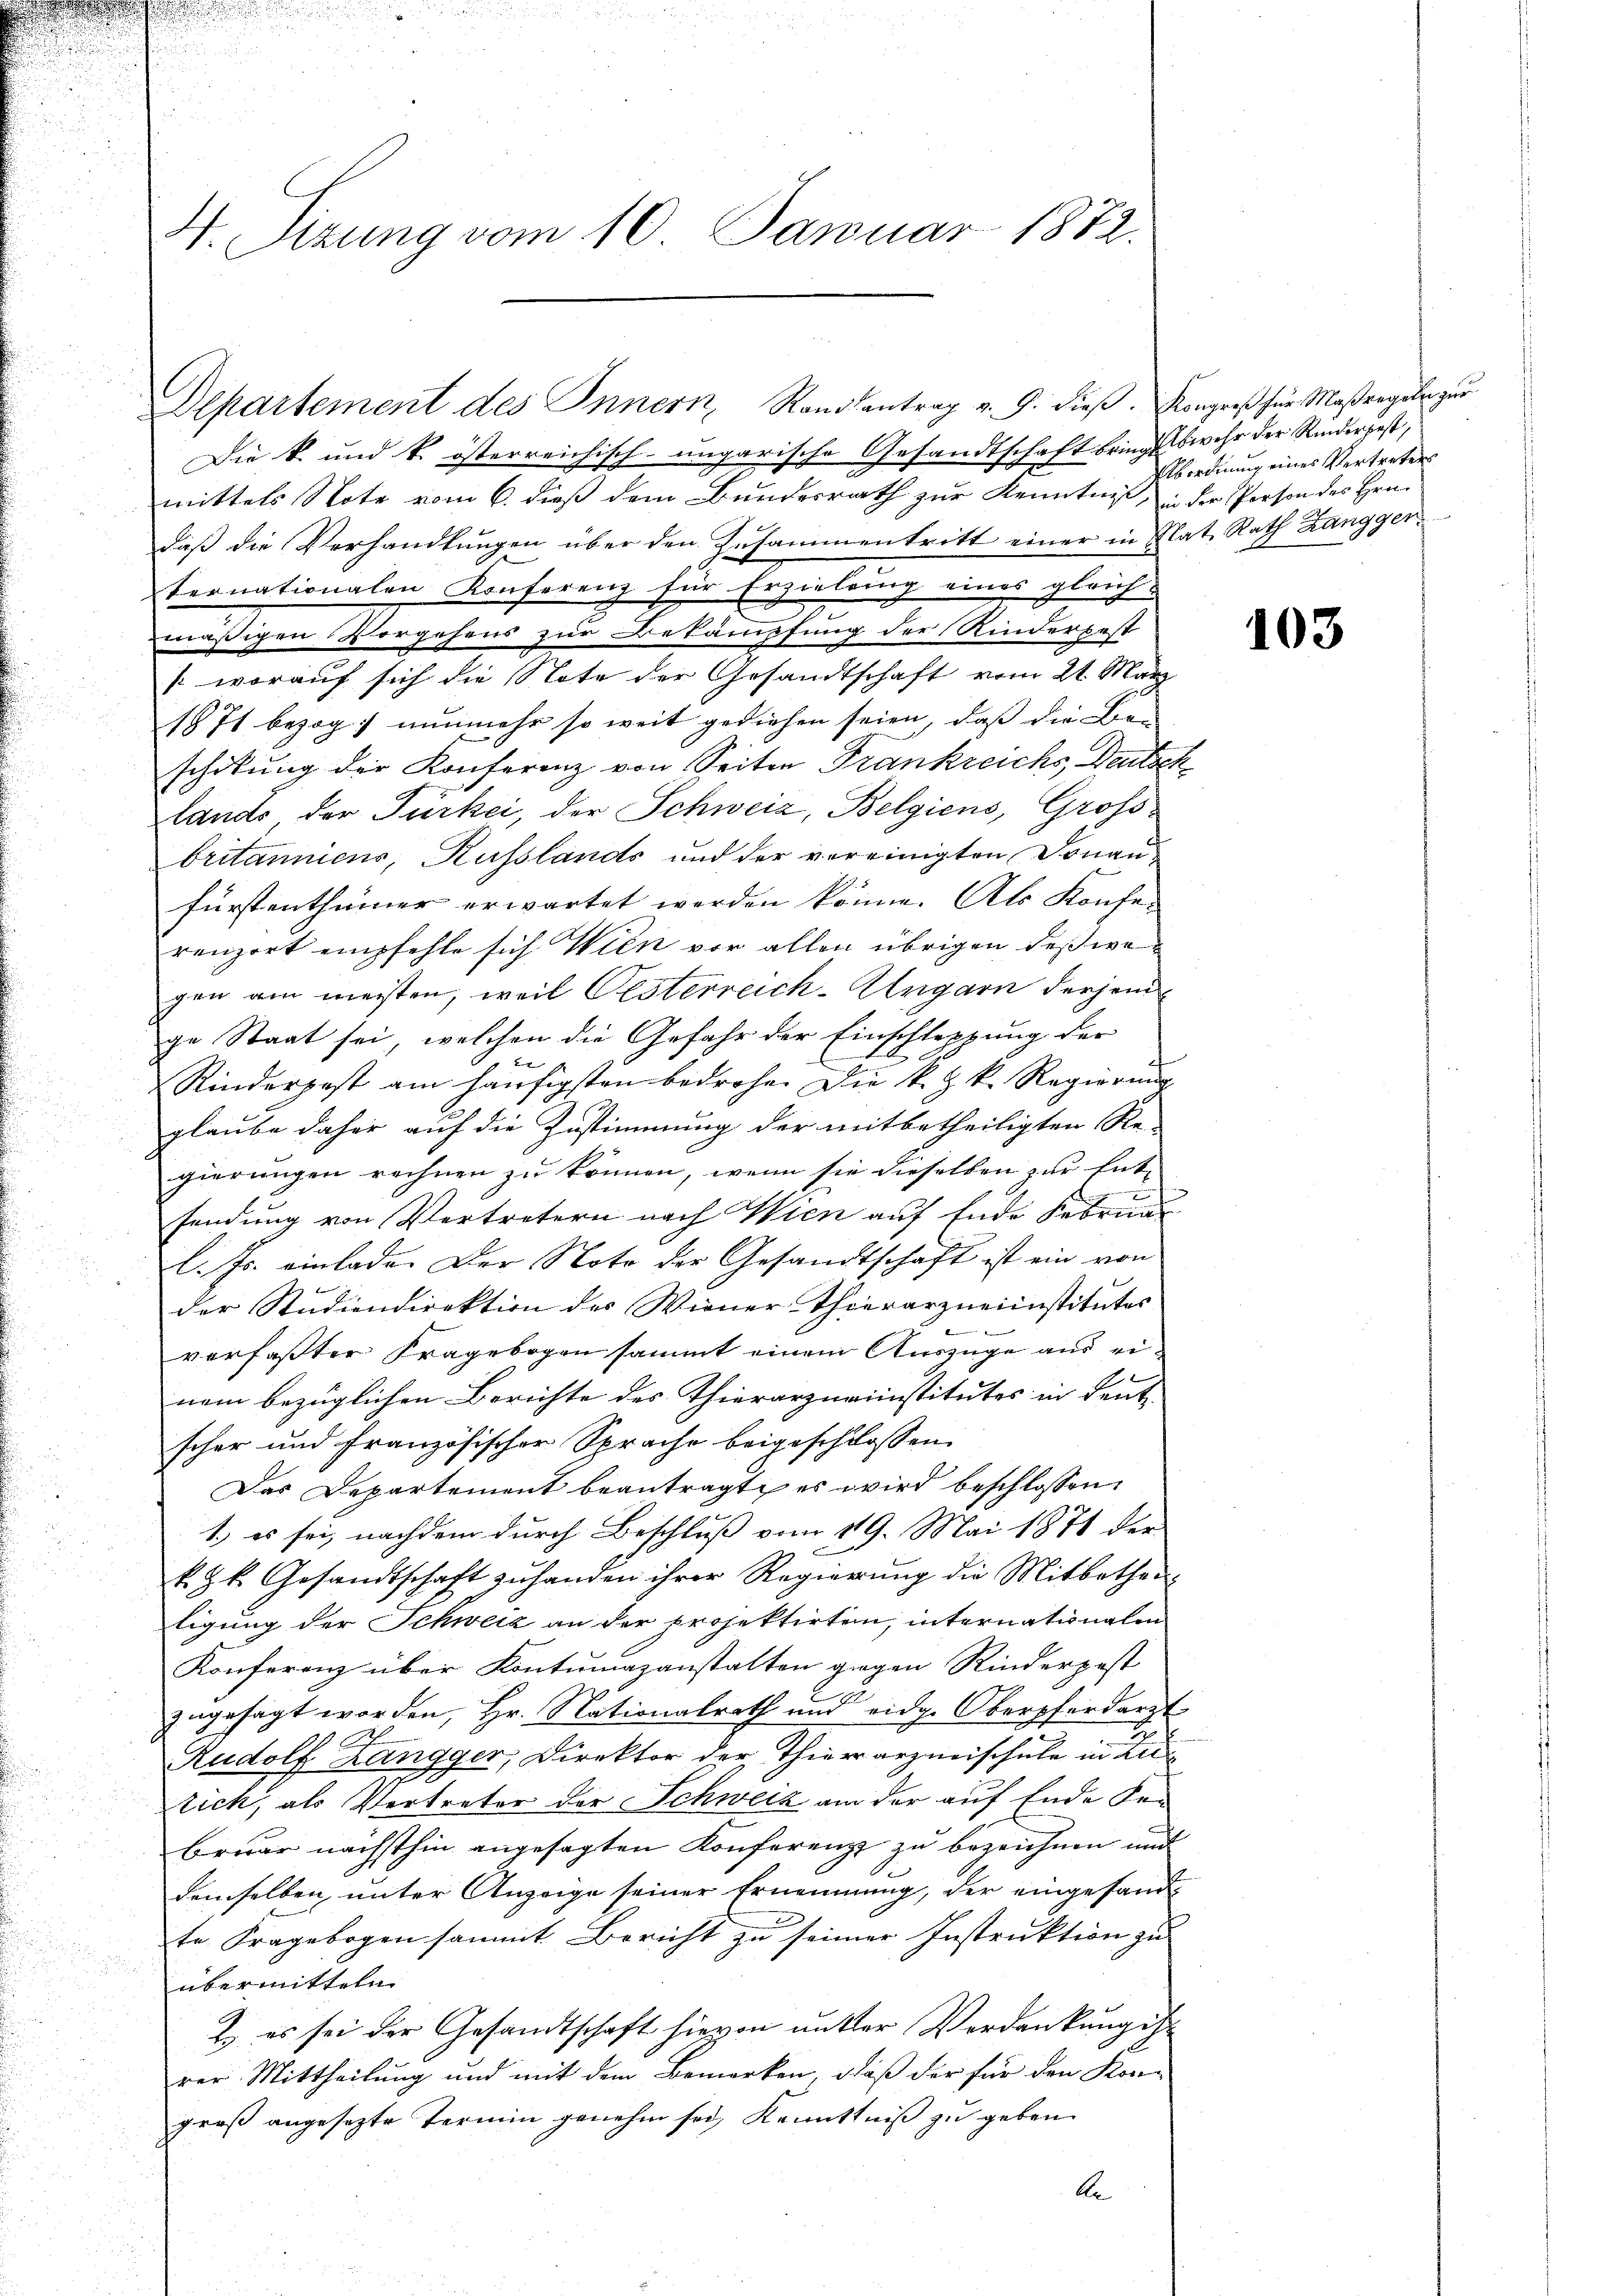
4. Sizung vom 10. Januar 1872.

Die k. und k. österreichisch-ungarische Gesandtschaft bringt wehr der Rinder hast,
mittels Note vom 6. dieß dem Bundesrath zur Kenntnis, in der Person des Hrn.
daß die Verhandlungen über den Zusammentritt einer in Rat, Rath Zangger,
ternationalen Konferenz für Erzielung eines gleich-
mäßigen Vorgehens zur Bekämpfung der Kinderbest
/ worauf sich die Note der Gesandtschaft vom 21. März
1871 bezog nunmehr so weit gediehen seien, daß die Bran
schikung der Konferenz von Seiten Frankreichs Deutsch
lands der Türkei, der Schweiz, Belgiens, Großbritanniens, Russlands und der vereinigten Donau-
fürstenthümer erwartet werden könne. Als Konfer
renzort empfehle sich Wien vor allen übrigen deßwegen am meisten, weil Oesterreich-Ungarn derjeni
ge Staat sei, welchen die Gefahr der Einschleppung der
E

J
Rinderpest am häufigsten bedrohe. Die k. k. k. Regierŭng
glaube daher auf die Zustimmung der mitbetheiligten Re-
gierungen rechnen zu können, wenn sie dieselben zur Ent-
sendung von Vertretern nach Wien auf Ende Februa
l. Js. einlade. Der Noto der Gesandtschaft ist ein von
der Studiendirektion des Wiener Thierarzneiinstitutes

verfaßter Fragebogen sammt einem Auszüge aus einem bezüglichen Berichte des Thierarznaiinstitutes in deute
schor und französischer Sprache beigeschlossen.
Das Departement beantragt, es wird beschlossen:
1.) es sei, nachdem durch Beschluß vom 19. Mai 1871 der
k. k. Gesandtschaft zŭ handen ihrer Regierung die Mitbethei
ligung der Schweiz an der Projektirten, internationalen
Konferenz über Kontumazanstalten gegen Rinderpost
zugesagt worden, Hr. Nationalrath und eidg. Oberpferdarzt
w
e
Rudolf Zangger, Direktor der Thierarzneischule in Zurich, als Vertreter der Schweiz am der auf Ende der
bruar nächsthin angesagten Konferenz zu bezeichnen und
demselben, unter Anzeige seiner Ernennung, der eingesandte Fragebogen sammt Bericht zu seiner Instruktion zu
übermitteln
2) es sei der Gesandtschaft hievon unter Verdankung ist
rer Mittheilung und mit dem Bemerken, daß der für den Kor-
groß angesezte Termin genehm sei, Kenntniß zu geben
An

Departement des Innern, Randsantrag v. 9. dieß. Kongreß für Maßregeln zur

Abordnung eines Vertreters

103